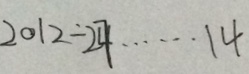
2 0 1 2 \div 2 7 \cdots 1 4